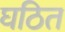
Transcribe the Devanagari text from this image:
घठित